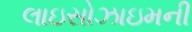
લાઇસોઝાઇમની